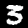
Label: 3